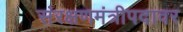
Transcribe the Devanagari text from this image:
संरक्षणमंत्रीपदावर